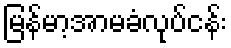
မြန်မာ့အာမခံလုပ်ငန်း